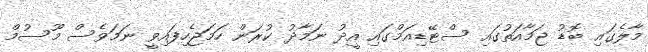
މާލެގައި ބޮޑު ޖަމާއަތުގައި ސްޓޭޑިއަމްގައި އީދު ނަމާދު ކުރަން ހަމަޖެހިފައިވީ ނަމަވެސް މޫސުމް